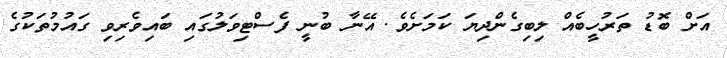
އަށް ބޮޑު ތަރުހީބެއް ލިބިގެންދިޔަ ކަމަށެވެ. އޭނާ ބުނީ ފެސްޓިވަލުގައި ބައިވެރިވި ގައުމުތަކުގެ